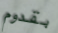
بقدوم